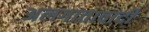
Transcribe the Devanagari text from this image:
अलगातावादी